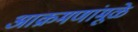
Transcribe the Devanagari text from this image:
आक्रमणांमूळे